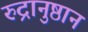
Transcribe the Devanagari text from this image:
रुद्रानुष्ठान